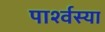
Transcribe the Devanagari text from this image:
पार्श्वस्या